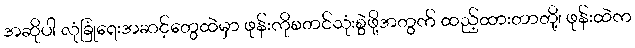
အဆိုပါ လုံခြုံရေးအဆင့်တွေထဲမှာ ဖုန်းကိုစတင်သုံးစွဲဖို့အတွက် ထည့်ထားတာတို့၊ ဖုန်းထဲက